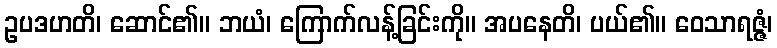
ဥပဒဟတိ၊ ဆောင်၏။ ဘယံ၊ ကြောက်လန့်ခြင်းကို။ အပနေတိ၊ ပယ်၏။ ဝေသာရဇ္ဇံ၊